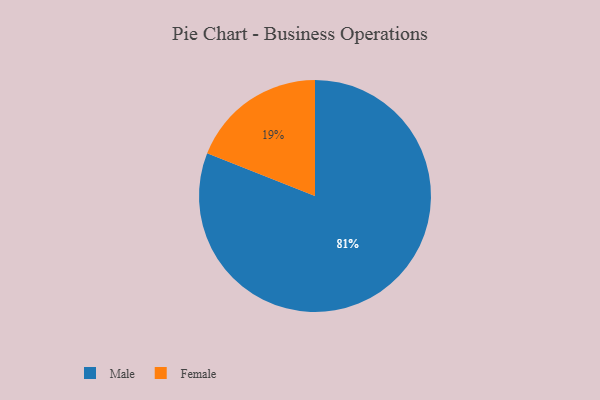
{"axis": {"x": "Category", "y": "Percentage"}, "legend": ["Female", "Male"], "data": [{"x": "Female", "y": 19, "type": "Female"}, {"x": "Male", "y": 81, "type": "Male"}]}